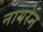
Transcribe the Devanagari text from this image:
नायरेन